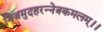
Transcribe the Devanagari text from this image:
निजमुदहरन्नेत्रकमलम्।।